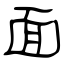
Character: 面